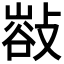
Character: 𢿁